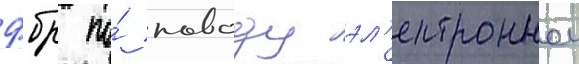
фбр по́ поводу эл'ектроннои